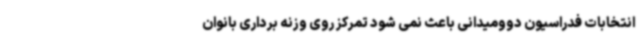
انتخابات فدراسیون دوومیدانی باعث نمی شود تمرکز روی وزنه برداری بانوان